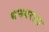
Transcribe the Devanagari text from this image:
धनगरास